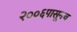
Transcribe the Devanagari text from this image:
२००६पासूनच